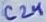
Text: C24